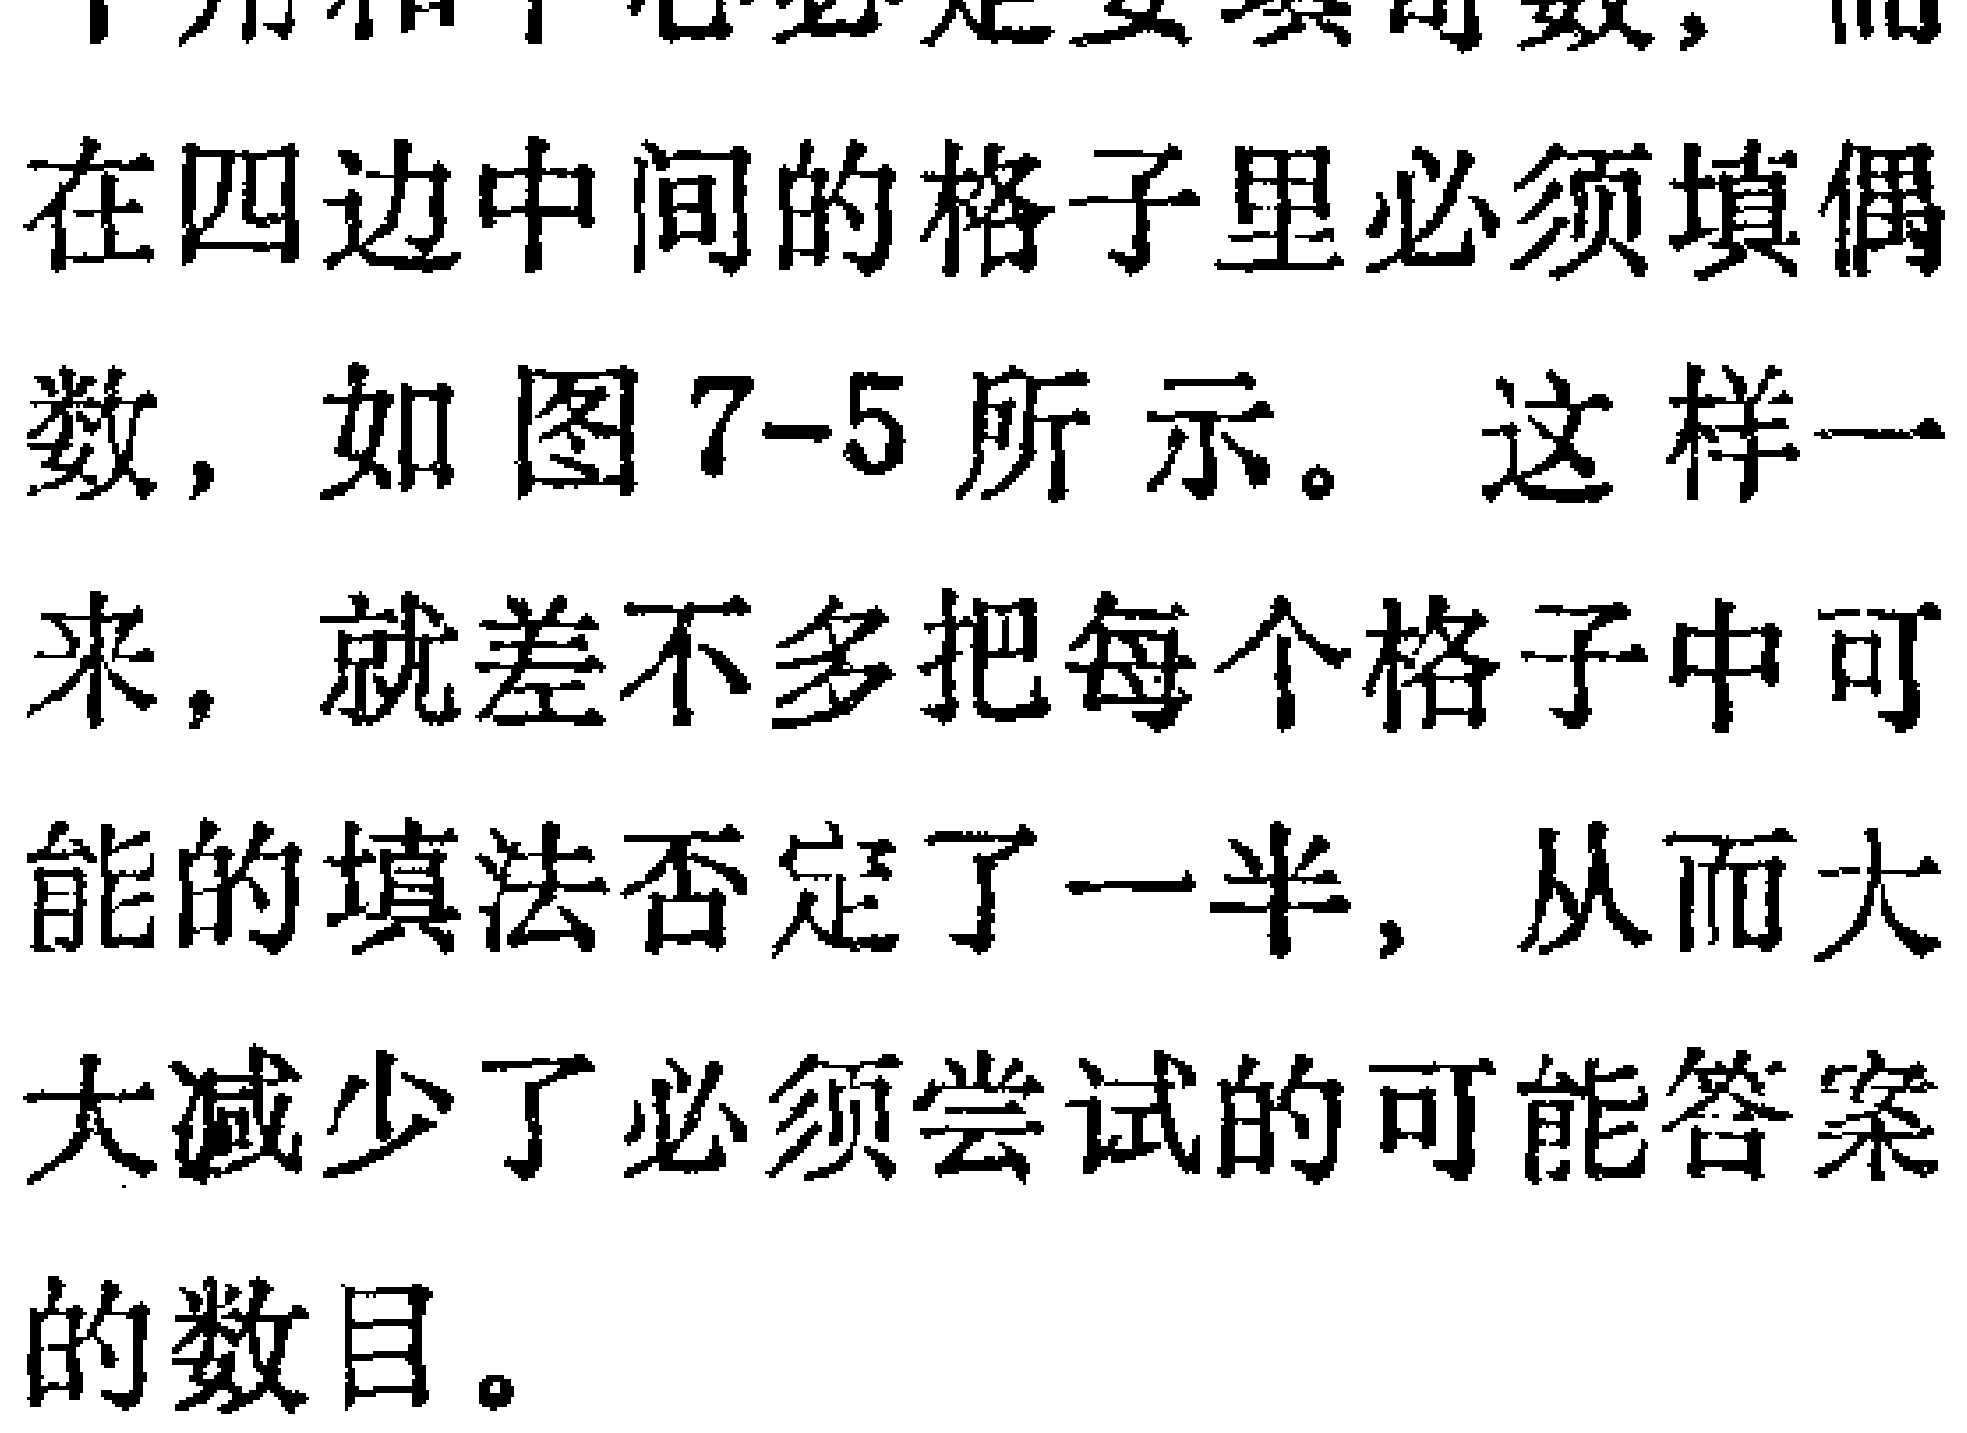
角和中心必定要填奇数，而
在四边中间的格子里必须填偶
数，如图7-5 所示。这样一
来，就差不多把每个格子中可
能的填法否定了一半，从而大
大减少了必须尝试的可能答案
的数目。